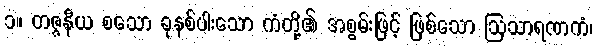
၁။ တဇ္ဇနီယ စသော ခုနစ်ပါးသော ကံတို့၏ အစွမ်းဖြင့် ဖြစ်သော ဩသာရဏကံ၊